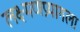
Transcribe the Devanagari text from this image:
लक्ष्मणप्रयागला